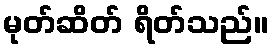
မုတ်ဆိတ် ရိတ်သည်။